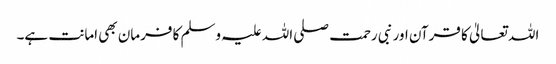
اللہ تعالیٰ کا قرآن اور نبی رحمت صلی اللہ علیہ وسلم کا فرمان بھی امانت ہے۔